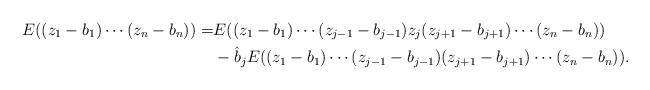
LaTeX: \begin{align*}E((z_1-b_1)\cdots(z_n-b_n)) =&E( (z_1-b_1)\cdots (z_{j-1}-b_{j-1})z_j(z_{j+1}-b_{j+1})\cdots(z_n-b_n)) \\&- \hat b_jE( (z_1-b_1)\cdots(z_{j-1}-b_{j-1})(z_{j+1}-b_{j+1})\cdots(z_n-b_n)).\end{align*}